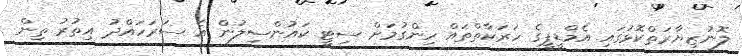
ލޮނުޒިޔާރަތްކޮޅުގައި އެމްޑީޕީގެ ހަރަކާތްތައް ހިންގުމަށް ސިޓީ ކައުންސިލުން އެ ސަރަހައްދު އިތުރު ތިން